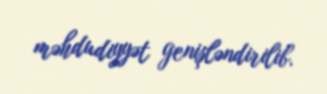
məhdudiyyət genişləndirilib.